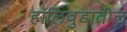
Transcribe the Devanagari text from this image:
हॉलिवुडातील